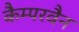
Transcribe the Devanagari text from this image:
कैम्परवैन